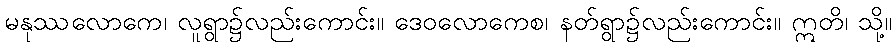
မနုဿလောကေ၊ လူရွာ၌လည်းကောင်း။ ဒေဝလောကေစ၊ နတ်ရွာ၌လည်းကောင်း။ ဣတိ၊ သို့။